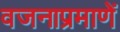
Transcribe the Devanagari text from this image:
वजनाप्रमाणें